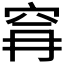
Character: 𮃺